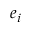
e _ { i }